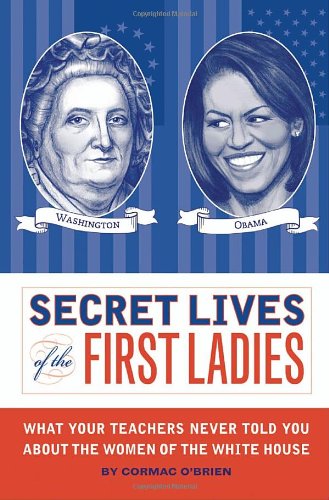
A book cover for Secret Lives of the First Ladies; Cormac O'Brien; Humor & Entertainment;